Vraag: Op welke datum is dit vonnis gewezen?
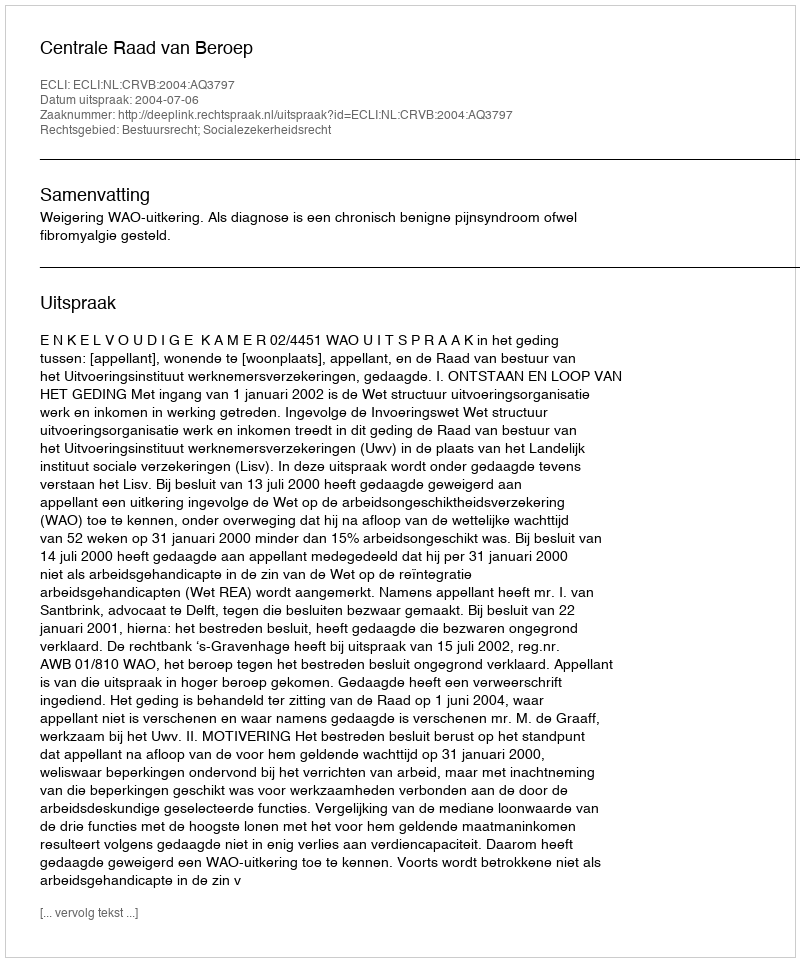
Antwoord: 2004-07-06